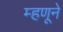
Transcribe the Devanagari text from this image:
म्हणूने